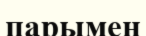
парымен